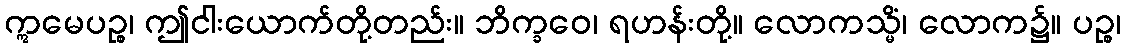
ဣမေပဉ္စ၊ ဤငါးယောက်တို့တည်း။ ဘိက္ခဝေ၊ ရဟန်းတို့။ လောကသ္မိံ၊ လောက၌။ ပဉ္စ၊